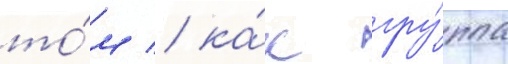
то́м / ка́к гру́ппа